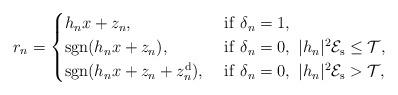
LaTeX: \begin{align*}r_n=\begin{cases}h_n x+z_n,\ &\mathrm{if}\ \delta_n=1,\\\mathrm{sgn}(h_n x+z_n),\ &\mathrm{if}\ \delta_n=0,\ |h_n|^2\mathcal{E}_\mathrm{s}\leq\mathcal{T},\\\mathrm{sgn}(h_n x+z_n+z_n^{\mathrm{d}}),\ &\mathrm{if}\ \delta_n=0,\ |h_n|^2\mathcal{E}_\mathrm{s}>\mathcal{T},\end{cases}\end{align*}